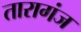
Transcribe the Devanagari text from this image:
तारागंज